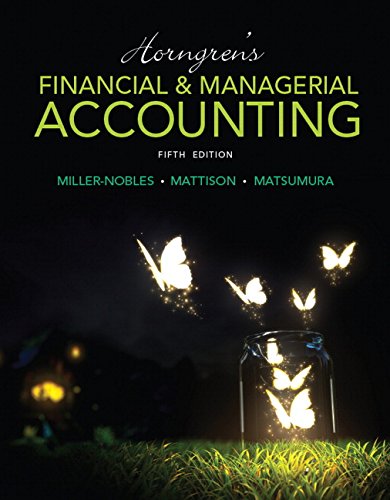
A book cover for Horngren's Financial & Managerial Accounting (5th Edition); Tracie L. Miller-Nobles; Business & Money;